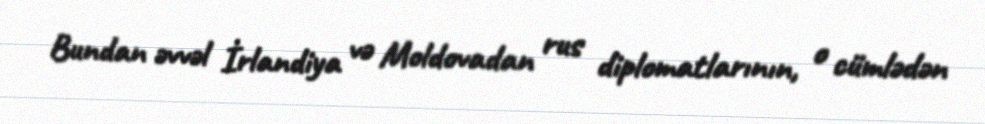
Bundan əvvəl İrlandiya və Moldovadan rus diplomatlarının, o cümlədən